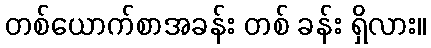
တစ်ယောက်စာအခန်း တစ် ခန်း ရှိလား။